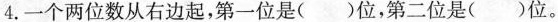
4.一个两位数从右边起，第一位是()位，第二位是()位。